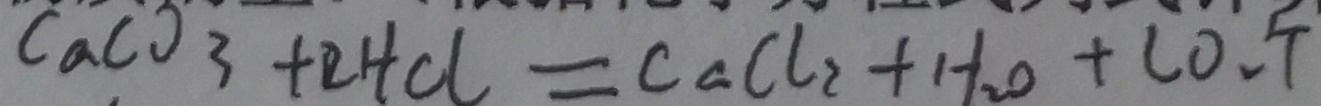
C a C O _ { 3 } + 2 H C l = C a C l _ { 2 } + H _ { 2 } O + C O _ { 2 } \uparrow